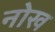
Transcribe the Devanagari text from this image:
नोख